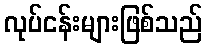
လုပ်ငန်းများဖြစ်သည်